Vital statistics of India. Vol. V, Reports of 1876 on armies & jails and on epidemic cholera
Year: 1876
Disease focus: Cholera
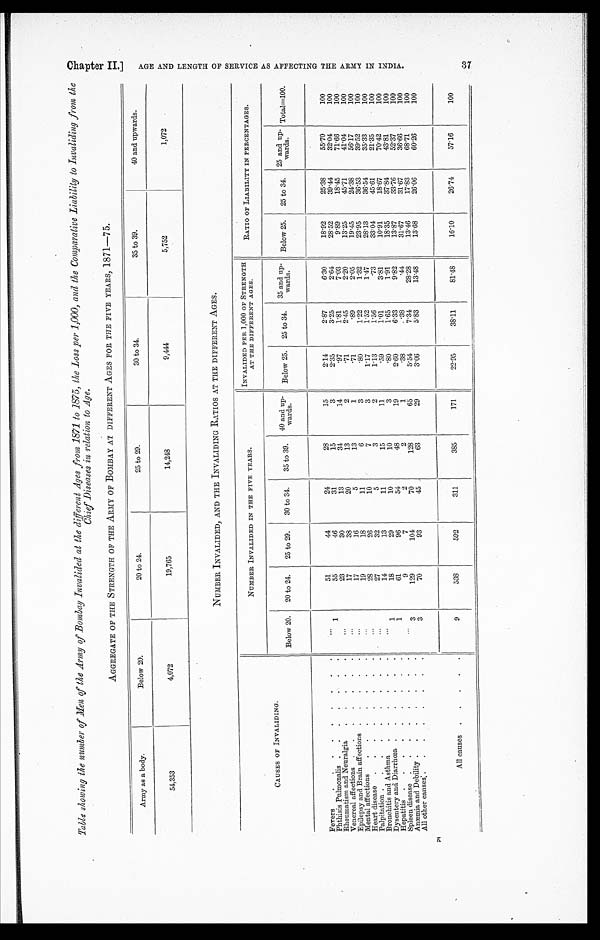
K
Table showing the number of Men of the Army of Bombay Invalided at the different Ages from 1871 to 1875, the Loss per 1,000, and the Comparative Liability to Invaliding from the
Chief Diseases in relation to Age.
AGGREGATE OF THE STRENGTH OF THE ARMY OF BOMBAY AT DIFFERENT AGES FOR THE FIVE YEARS, 1871—75.
Army as a body.
Below 20.
20 to 24.
25 to 29.
30 to 34.
35 to 39.
40 and upwards.
54,353
4,072
19,765
14,248
9,444
5,752
1,072
NUMBER INVALIDED, AND THE INVALIDING RATIOS AT THE DIFFERENT AGES.
CAUSES OF INVALIDING.
NUMBER INVALIDED IN THE FIVE YEARS.
INVALIDED PER 1,000 OF STRENGTH
AT THE DIFFERENT AGES.
RATIO OF LIABILITY IN PERCENTAGES.
Below 20.
20 to 24.
25 to 29.
30 to 34.
35 to 39.
40 and
up-wards.
Below 25.
25 to 34.
35 and
up-wards.
Below 25.
25 to 34. 25 and up
-wards. Total=100.
Fevers . . .
. . .
51
44
24
28
15
2.14
2.87
6.30
18.92
25.38
55.70
100
Phthisis Pulmonalis . . .
1
55
46
31
15
3
2.35
3.25
2.64
28.52
39.44
32.04
100
Rheumatism and Neuralgia . . .
. . .
23
30
13
34
14
.97
1.81
7.03
9.89
18.45
71.66
100
Venereal affections . . .
. . .
17
38
20
13
2
.71
2.45
2.20
13.25
45.71
41.04
100
Epilepsy and Brain affections . . .
. . .
17
16
5
13
1
.71
.89
2.05
19.45
24.38
56.17
100
Mental affections . . .
. . .
19
18
1 1
6
3
.80
1.22
1.32
23.95
36.53
39.52
100
Heart disease . . .
. . .
28
26
10
7
3
1.17
1.52
1.47
28.13
36.54
35.33
100
Palpitation . . .
. . .
27
32
5
3
2
1.13
1.56
.73
33.04
45.61
21.35
100
Bronchitis and Asthma . . .
. . .
14
13
11
15
11
.59
1.01
3.81
10.91
18.67
70.42
100
Dysentery and Diarrhœa . . .
1
18
29
10
10
3
.80
1.65
1.91
18.35
37.84
43.81
100
Hepatitis . . .
1
61
96
54
48
19
2.60
6.33
9.82
13.87
33.76
52.37
100
Spleen disease . . .
. . .
9
7
2
2
1
.38
.38
.44
31.67
31.67
36.66
100
Anæmia and Debility . . .
3
129
104
70
128
65
5.54
7.34
28.28
13.46
17.83
68.71
100
All other causes . . .
3
70
93
45
63
29
3.06
5.83
13.48
13.68
26.06
60.26
100
All causes . . .
9
538
592
311
385
171
22.95
38.11
81.48
16.10
26.74
57.16
100
C h a p t e r I I . ] A G E A N D L E N G T H O F S E R V I C E A S A F F E C T I N G T H E A R M Y I N I N D I A .
37